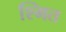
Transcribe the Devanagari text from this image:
श्मित